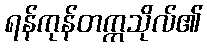
ရန်ကုန်တက္ကသိုလ်၏